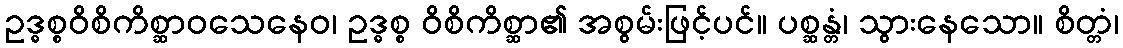
ဥဒ္ဓစ္စဝိစိကိစ္ဆာဝသေနေဝ၊ ဥဒ္ဓစ္စ ဝိစိကိစ္ဆာ၏ အစွမ်းဖြင့်ပင်။ ပစ္ဆန္တံ၊ သွားနေသော။ စိတ္တံ၊